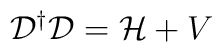
{\cal{D}}^{\dagger}{\cal{D}}= {\cal{H}} + V